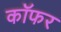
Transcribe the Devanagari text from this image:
कॉफर